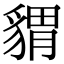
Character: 𧳪